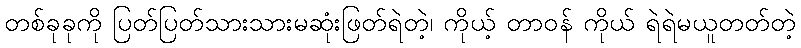
တစ်ခုခုကို ပြတ်ပြတ်သားသားမဆုံးဖြတ်ရဲတဲ့၊ ကိုယ့် တာဝန် ကိုယ် ရဲရဲမယူတတ်တဲ့